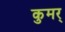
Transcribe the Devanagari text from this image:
कुमर्